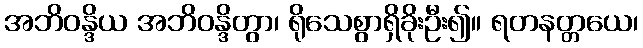
အဘိဝန္ဒိယ အဘိဝန္ဒိတွာ၊ ရိုသေစွာရှိခိုးဦး၍။ ရတနတ္တယေ၊